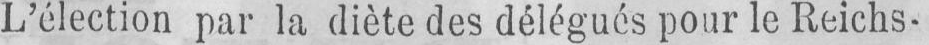
L’élection par la diète des délégués pour le Reichs-